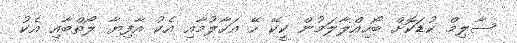
ސާލިމް ކުޑަކޮށް ބޯހިއްލާލަމުން ކީކޭ ހޭ އަހާލުމާއި އެކު އާފިޔާ ލޯތްބާއި އެކު